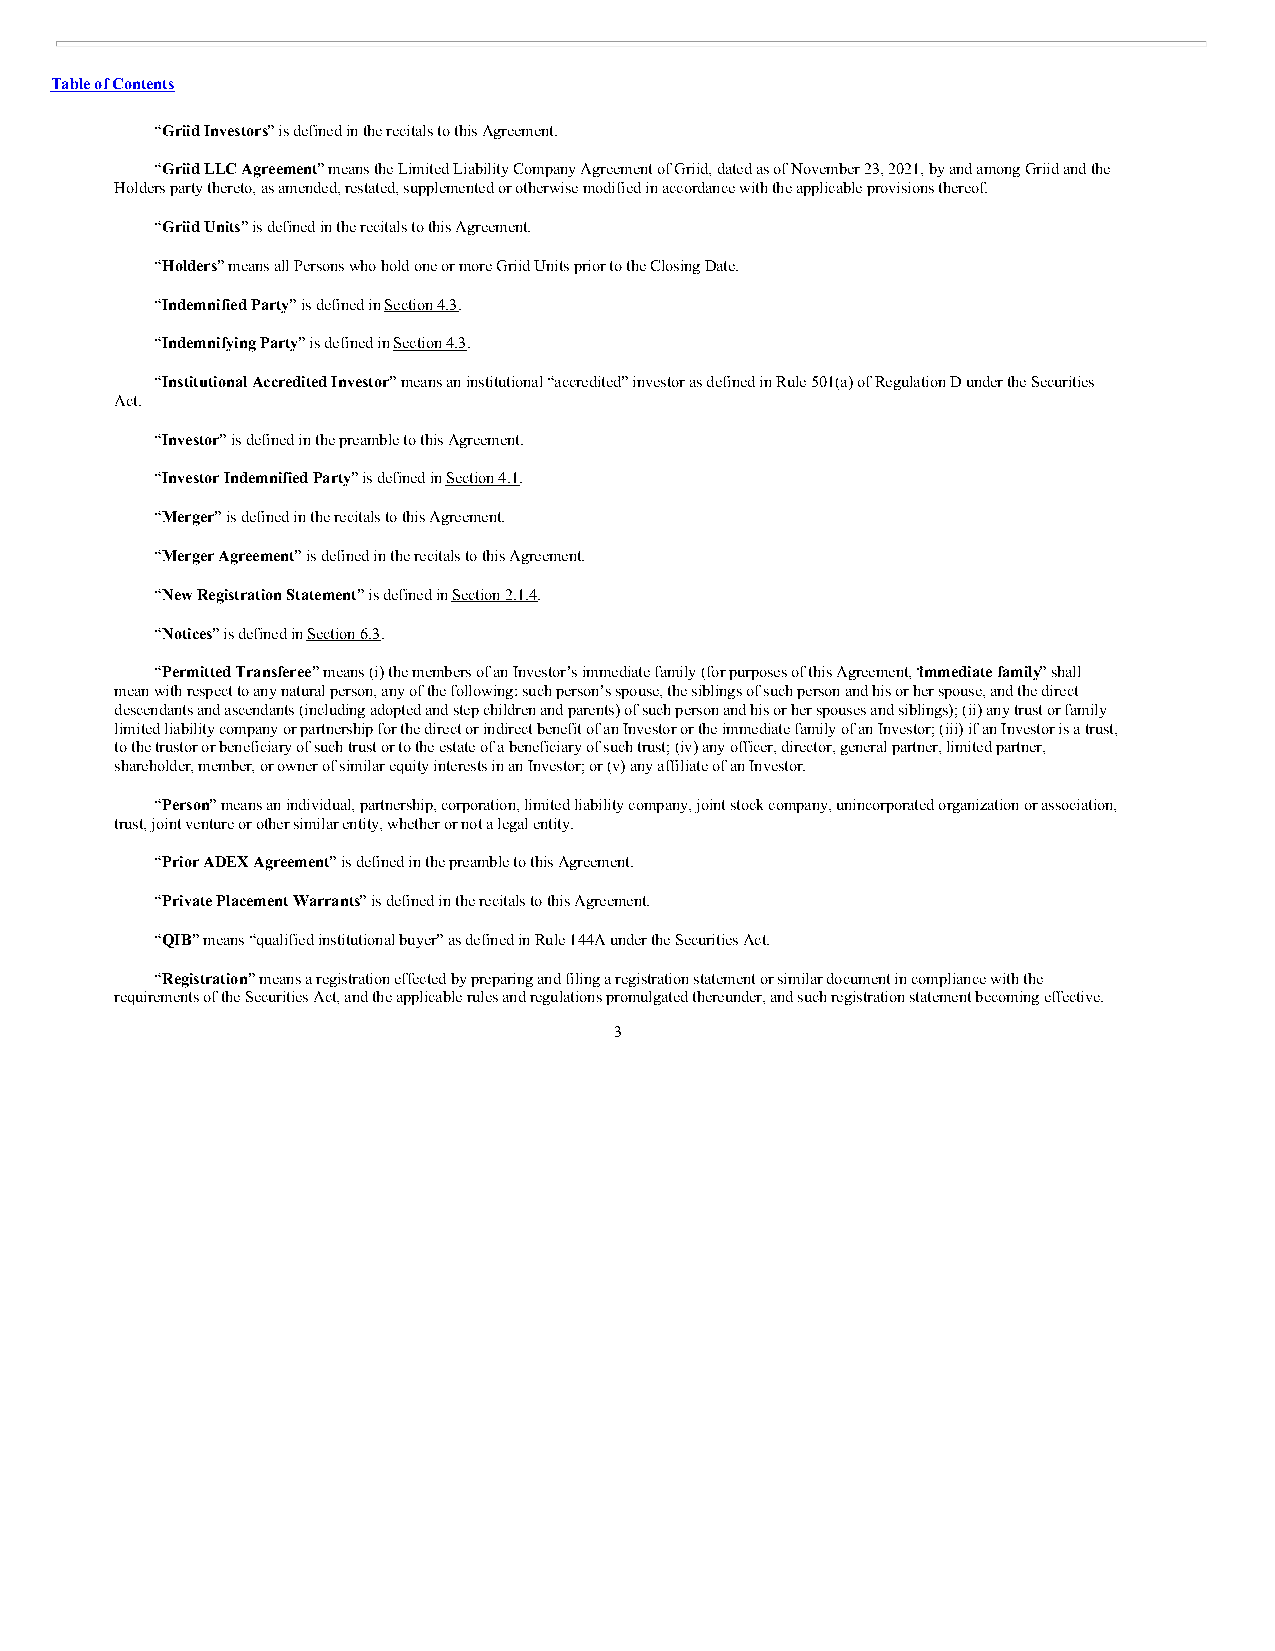
Table of Contents
 “Griid Investors” is defined in the recitals to this Agreement.
 “Griid LLC Agreement” means the Limited Liability Company Agreement of Griid, dated as of November 23, 2021, by and among Griid and the
 Holders party thereto, as amended, restated, supplemented or otherwise modified in accordance with the applicable provisions thereof.
 “Griid Units” is defined in the recitals to this Agreement.
 “Holders” means all Persons who hold one or more Griid Units prior to the Closing Date.
 “Indemnified Party” is defined in Section 4.3.
 “Indemnifying Party” is defined in Section 4.3.
 “Institutional Accredited Investor” means an institutional “accredited” investor as defined in Rule 501(a) of Regulation D under the Securities
 Act.
 “Investor” is defined in the preamble to this Agreement.
 “Investor Indemnified Party” is defined in Section 4.1.
 “Merger” is defined in the recitals to this Agreement.
 “Merger Agreement” is defined in the recitals to this Agreement.
 “New Registration Statement” is defined in Section 2.1.4.
 “Notices” is defined in Section 6.3.
 “Permitted Transferee” means (i) the members of an Investor’s immediate family (for purposes of this Agreement, “immediate family” shall
 mean with respect to any natural person, any of the following: such person’s spouse, the siblings of such person and his or her spouse, and the direct
 descendants and ascendants (including adopted and step children and parents) of such person and his or her spouses and siblings); (ii) any trust or family
 limited liability company or partnership for the direct or indirect benefit of an Investor or the immediate family of an Investor; (iii) if an Investor is a trust,
 to the trustor or beneficiary of such trust or to the estate of a beneficiary of such trust; (iv) any officer, director, general partner, limited partner,
 shareholder, member, or owner of similar equity interests in an Investor; or (v) any affiliate of an Investor.
 “Person” means an individual, partnership, corporation, limited liability company, joint stock company, unincorporated organization or association,
 trust, joint venture or other similar entity, whether or not a legal entity.
 “Prior ADEX Agreement” is defined in the preamble to this Agreement.
 “Private Placement Warrants” is defined in the recitals to this Agreement.
 “QIB” means “qualified institutional buyer” as defined in Rule 144A under the Securities Act.
 “Registration” means a registration effected by preparing and filing a registration statement or similar document in compliance with the
 requirements of the Securities Act, and the applicable rules and regulations promulgated thereunder, and such registration statement becoming effective.
 3